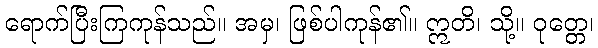
ရောက်ပြီးကြကုန်သည်။ အမှ၊ ဖြစ်ပါကုန်၏။ ဣတိ၊ သို့။ ဝုတ္တေ၊